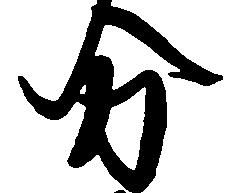
分